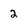
Character: 2